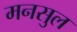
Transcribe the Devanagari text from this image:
मनसुल